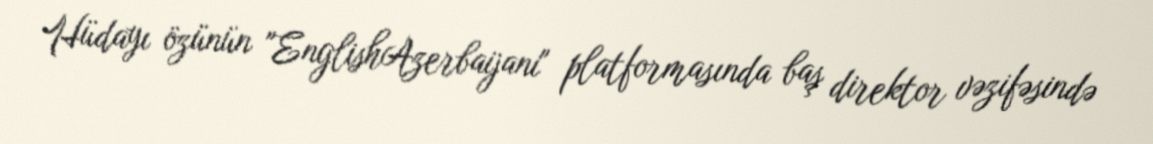
Hüdayı özünün "EnglishAzerbaijani" platformasında baş direktor vəzifəsində